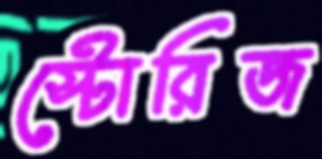
স্টোরিজ